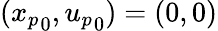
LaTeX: ({x_{p}}_{0},{u_{p}}_{0})=(0,0)